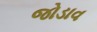
જોડાવ